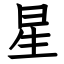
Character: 星